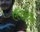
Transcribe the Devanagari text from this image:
ऍलईऍम